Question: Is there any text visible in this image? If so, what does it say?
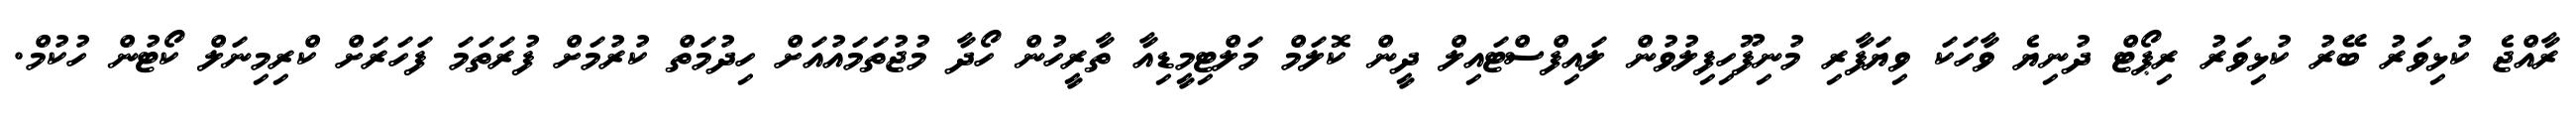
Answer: ރާއްޖެ ކުޅިވަރު ބޭރު ކުޅިވަރު ރިޕޯޓް ދުނިޔެ ވާހަކަ ވިޔަފާރި މުނިފޫހިފިލުވުން ލައިފްސްޓައިލް ދީން ކޮލަމް މަލްޓިމީޑިއާ ތާރީހުން ހޯދާ މުޖުތަމައުއަށް ހިދުމަތް ކުރުމަށް ފުރަތަމަ ފަހަރަށް ކްރިމިނަލް ކޯޓުން ހުކުމް.